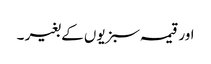
اور قیمہ سبزیوں کے بغیر ۔